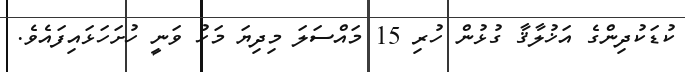
ކުޑަކުދިންގެ އަޚުލާޤާ ގުޅުން ހުރި 15 މައްސަލަ މިދިޔަ މަހު ވަނީ ހުށަހަޅައިފައެވެ.